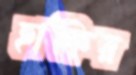
হাকির